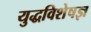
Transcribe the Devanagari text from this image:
युद्धविशेषज्ञ